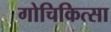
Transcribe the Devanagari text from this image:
गोचिकित्सा